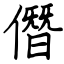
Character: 僭